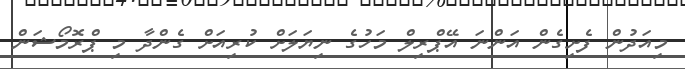
މިއަދުން ފެށިގެން އަންނަ އޭޕްރިލް މަހުގެ ނިޔަލަށް ކުރިއަށް ގެންދާ މި ޕްރޮމޯޝަން